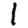
Digit: 1